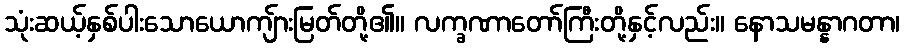
သုံးဆယ့်နှစ်ပါးသောယောကျ်ားမြတ်တို့၏။ လက္ခဏာတော်ကြီးတို့နှင့်လည်း။ နောသမန္နာဂတာ၊